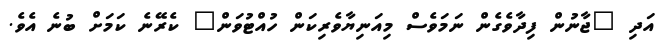
އަދި "ޖާނުން ފިދާވެގެން ނަމަވެސް މިއަނިޔާވެރިކަން ހުއްޓުވަން" ކެރޭނެ ކަމަށް ބުނެ އެވެ.